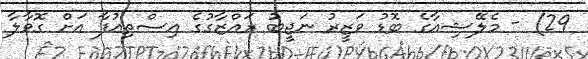
29) - މެލޭޝިއާގެ ބޮޑު ވަޒީރު ނަޖީބު ރައްޒާގުގެ އިސްތިއުފާ އަށް ގޮވާލާ